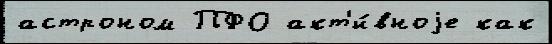
астроном ПФО акт'и́вноjе как